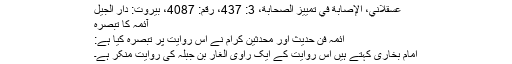
عسقلاني، الإصابة في تمييز الصحابة، 3: 437، رقم: 4087، بيروت: دار الجيل
آئمہ کا تبصرہ
اَئمہ فنِ حدیث اور محدثین کرام نے اس روایت پر تبصرہ کیا ہے:
امام بخاری کہتے ہیں اس روایت کے ایک راوی الغار بن جبلہ کی روایت منکر ہے۔